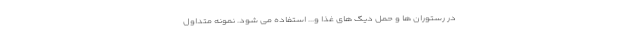
در رستوران ها و حمل دیگ های غذا و... استفاده می شود. نمونه متداول